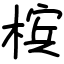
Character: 槟